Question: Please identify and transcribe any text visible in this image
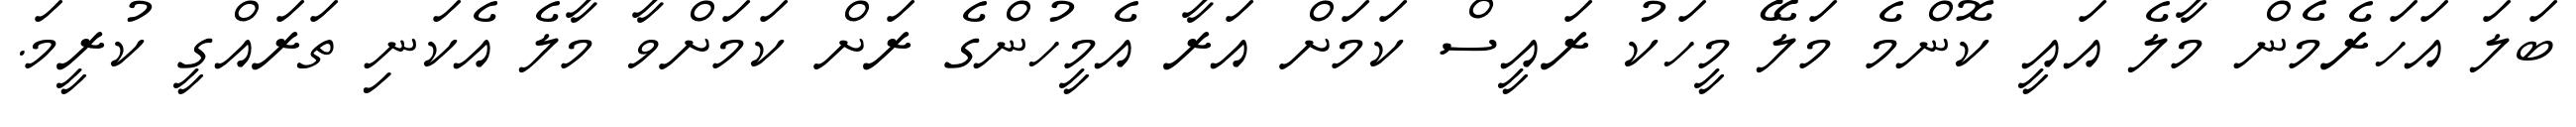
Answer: ބަލަ އަހަރެމެން މާލެ އައީ ކޮންމެ މަލޭ މީހަކު ރައީސް ކަމަށް އަރާ އެމީހުންގެ ރަށް ކަމަށްވާ މާލެ އެކަނި ތަރައްގީ ކުރީމަ.